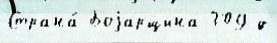
Страна́ Боjарщина 309 д